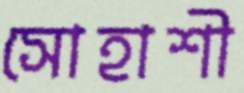
সোহাশী